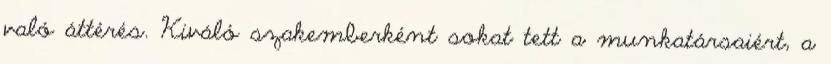
való áttérés. Kiváló szakemberként sokat tett a munkatársaiért, a